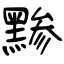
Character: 黪